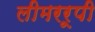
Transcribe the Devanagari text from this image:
लीमररूपी